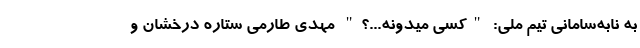
به نابه‌سامانی تیم ملی: "کسی میدونه...؟" مهدی طارمی ستاره درخشان و